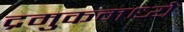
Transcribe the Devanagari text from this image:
द्रमुकमध्ये